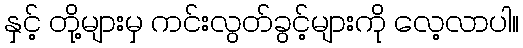
နှင့် တို့များမှ ကင်းလွတ်ခွင့်များကို လေ့လာပါ။